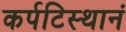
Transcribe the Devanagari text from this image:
कर्पटिस्थानं